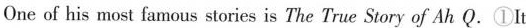
One of his most famous stories is The True Story of Ah Q.①It